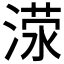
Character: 𬈜